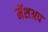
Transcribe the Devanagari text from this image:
मॅशअप